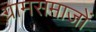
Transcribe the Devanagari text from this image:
ग्रामसमाजों